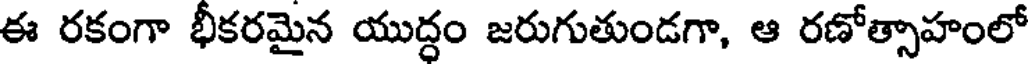
ఈ రకంగా భీకరమైన యుద్ధం జరుగుతుండగా, ఆ రణోత్సాహంలో